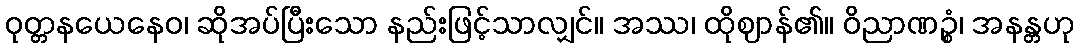
ဝုတ္တနယေနေဝ၊ ဆိုအပ်ပြီးသော နည်းဖြင့်သာလျှင်။ အဿ၊ ထိုဈာန်၏။ ဝိညာဏဉ္စံ၊ အနန္တဟု